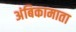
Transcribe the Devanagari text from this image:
अंबिकामाता